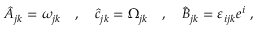
\hat { A } _ { j k } = \omega _ { j k } \quad , \quad \hat { c } _ { j k } = \Omega _ { j k } \quad , \quad \hat { B } _ { j k } = \varepsilon _ { i j k } e ^ { i } \ ,